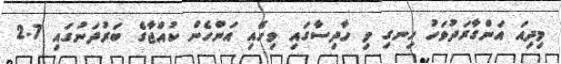
މިދިއަ އަންގާރަދުވަހު ހިނގި މި ހާދިސާގައި ވިހެއި އަންހެން ކުއްޖާގެ ބަރުދަނުގައި 2.7